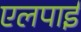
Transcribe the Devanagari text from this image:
एलपाईं